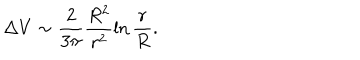
\Delta V \sim \frac { 2 } { 3 \pi } \frac { R ^ { 2 } } { r ^ { 2 } } \ln \frac { r } { R } .